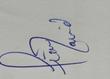
Signature authenticity: genuine